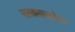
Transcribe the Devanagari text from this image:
सल्लामसलतीचा